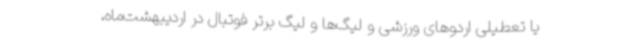
یا تعطیلی اردوهای ورزشی و لیگ‌ها و لیگ برتر فوتبال در اردیبهشت‌ماه،